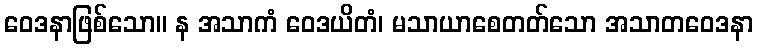
ဝေဒနာဖြစ်သော။ န အသာကံ ဝေဒယိတံ၊ မသာယာစေတတ်သော အသာတဝေဒနာ